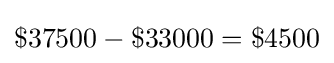
\$37500-\$33000=\$4500